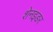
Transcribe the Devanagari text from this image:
शेनइडर